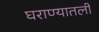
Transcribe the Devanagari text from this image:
घराण्यातली